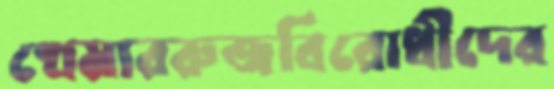
খেমাররুজবিরোধীদের